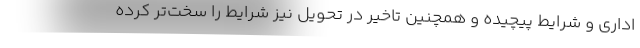
اداری و شرایط پیچیده و همچنین تاخیر در تحویل نیز شرایط را سخت‌تر کرده